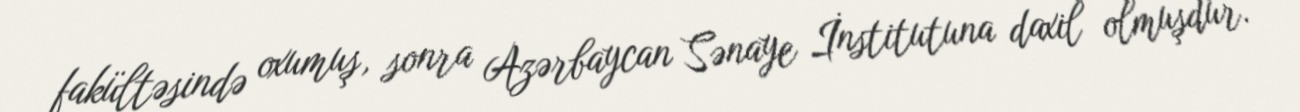
fakültəsində oxumuş, sonra Azərbaycan Sənaye İnstitutuna daxil olmuşdur.